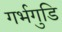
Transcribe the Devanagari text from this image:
गर्भगुडि